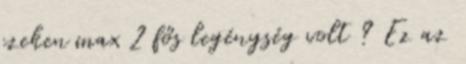
ezeken max 2 fős legénység volt ? Ez az